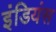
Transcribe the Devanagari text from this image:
इंडियंस